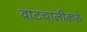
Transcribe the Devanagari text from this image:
वाटचालीकडे